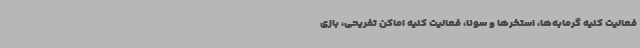
فعالیت کلیه گرمابه‌ها، استخرها و سونا، فعالیت کلیه اماکن تفریحی، بازی